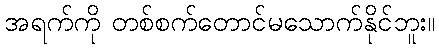
အရက်ကို တစ်စက်တောင်မသောက်နိုင်ဘူး။